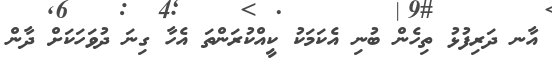
އާނ ދަރިފުޅު ތިހެން ބުނި އެކަމަކު ކީއްކުރަންތަ އެހާ ގިނަ ދުވަހަކަށް ދާން